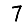
Digit: 7